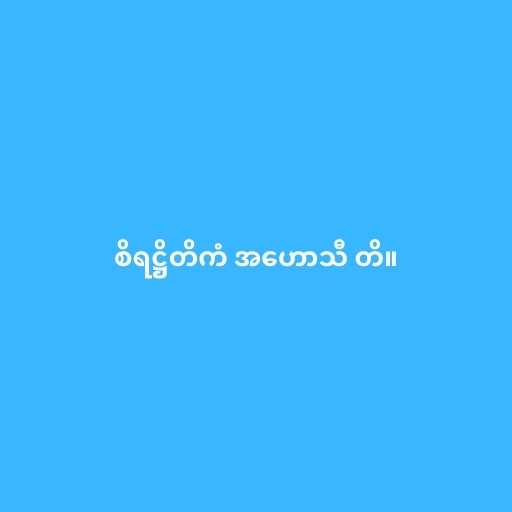
စိရဋ္ဌိတိကံ အဟောသီ တိ။